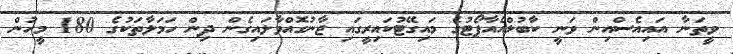
ވީތަނާ އައިއެސްއިން ވަނީ ކާބުލްއެއާޕޯޓުގެ މައިގޭޓުކައިރީގައި ޖާނުގޮއްވާލައިގެން ދިން ހަމަލާތަކުގެ 180 މީހުން